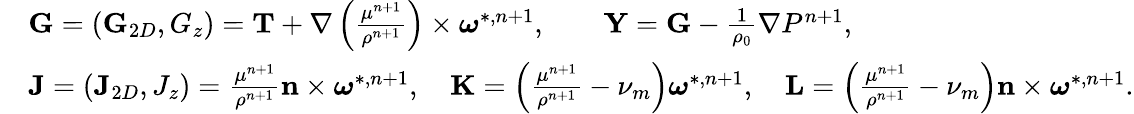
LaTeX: \begin{array}{rl}&{\textbf{G}=(\textbf{G}_{2D},G_{z})=\textbf{T}+\nabla\left(\frac{\mu^{n+1}}{\rho^{n+1}}\right)\times\boldsymbol{\omega}^{*,n+1},\qquad\textbf{Y}=\textbf{G}-\frac{1}{\rho_{0}}\nabla P^{n+1},}\\ &{\textbf{J}=(\textbf{J}_{2D},J_{z})=\frac{\mu^{n+1}}{\rho^{n+1}}\textbf{n}\times\boldsymbol{\omega}^{*,n+1},\quad\textbf{K}=\left(\frac{\mu^{n+1}}{\rho^{n+1}}-\nu_{m}\right)\boldsymbol{\omega}^{*,n+1},\quad\textbf{L}=\left(\frac{\mu^{n+1}}{\rho^{n+1}}-\nu_{m}\right)\textbf{n}\times\boldsymbol{\omega}^{*,n+1}.}\end{array}